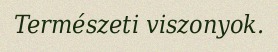
Természeti viszonyok.